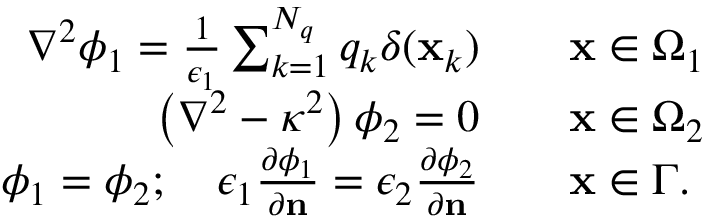
\begin{array} { r l } { \nabla ^ { 2 } \phi _ { 1 } = \frac { 1 } { \epsilon _ { 1 } } \sum _ { k = 1 } ^ { N _ { q } } q _ { k } \delta ( \mathbf { x } _ { k } ) \quad } & { { } \mathbf { x } \in \Omega _ { 1 } } \\ { \left( \nabla ^ { 2 } - \kappa ^ { 2 } \right) \phi _ { 2 } = 0 \quad } & { { } \mathbf { x } \in \Omega _ { 2 } } \\ { \phi _ { 1 } = \phi _ { 2 } ; \quad \epsilon _ { 1 } \frac { \partial \phi _ { 1 } } { \partial \mathbf { n } } = \epsilon _ { 2 } \frac { \partial \phi _ { 2 } } { \partial \mathbf { n } } \quad } & { { } \mathbf { x } \in \Gamma . } \end{array}